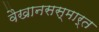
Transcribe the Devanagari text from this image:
वैखानसस्मार्त